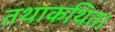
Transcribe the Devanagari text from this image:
तथाकथित।